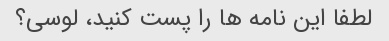
لطفا این نامه ها را پست کنید، لوسی؟